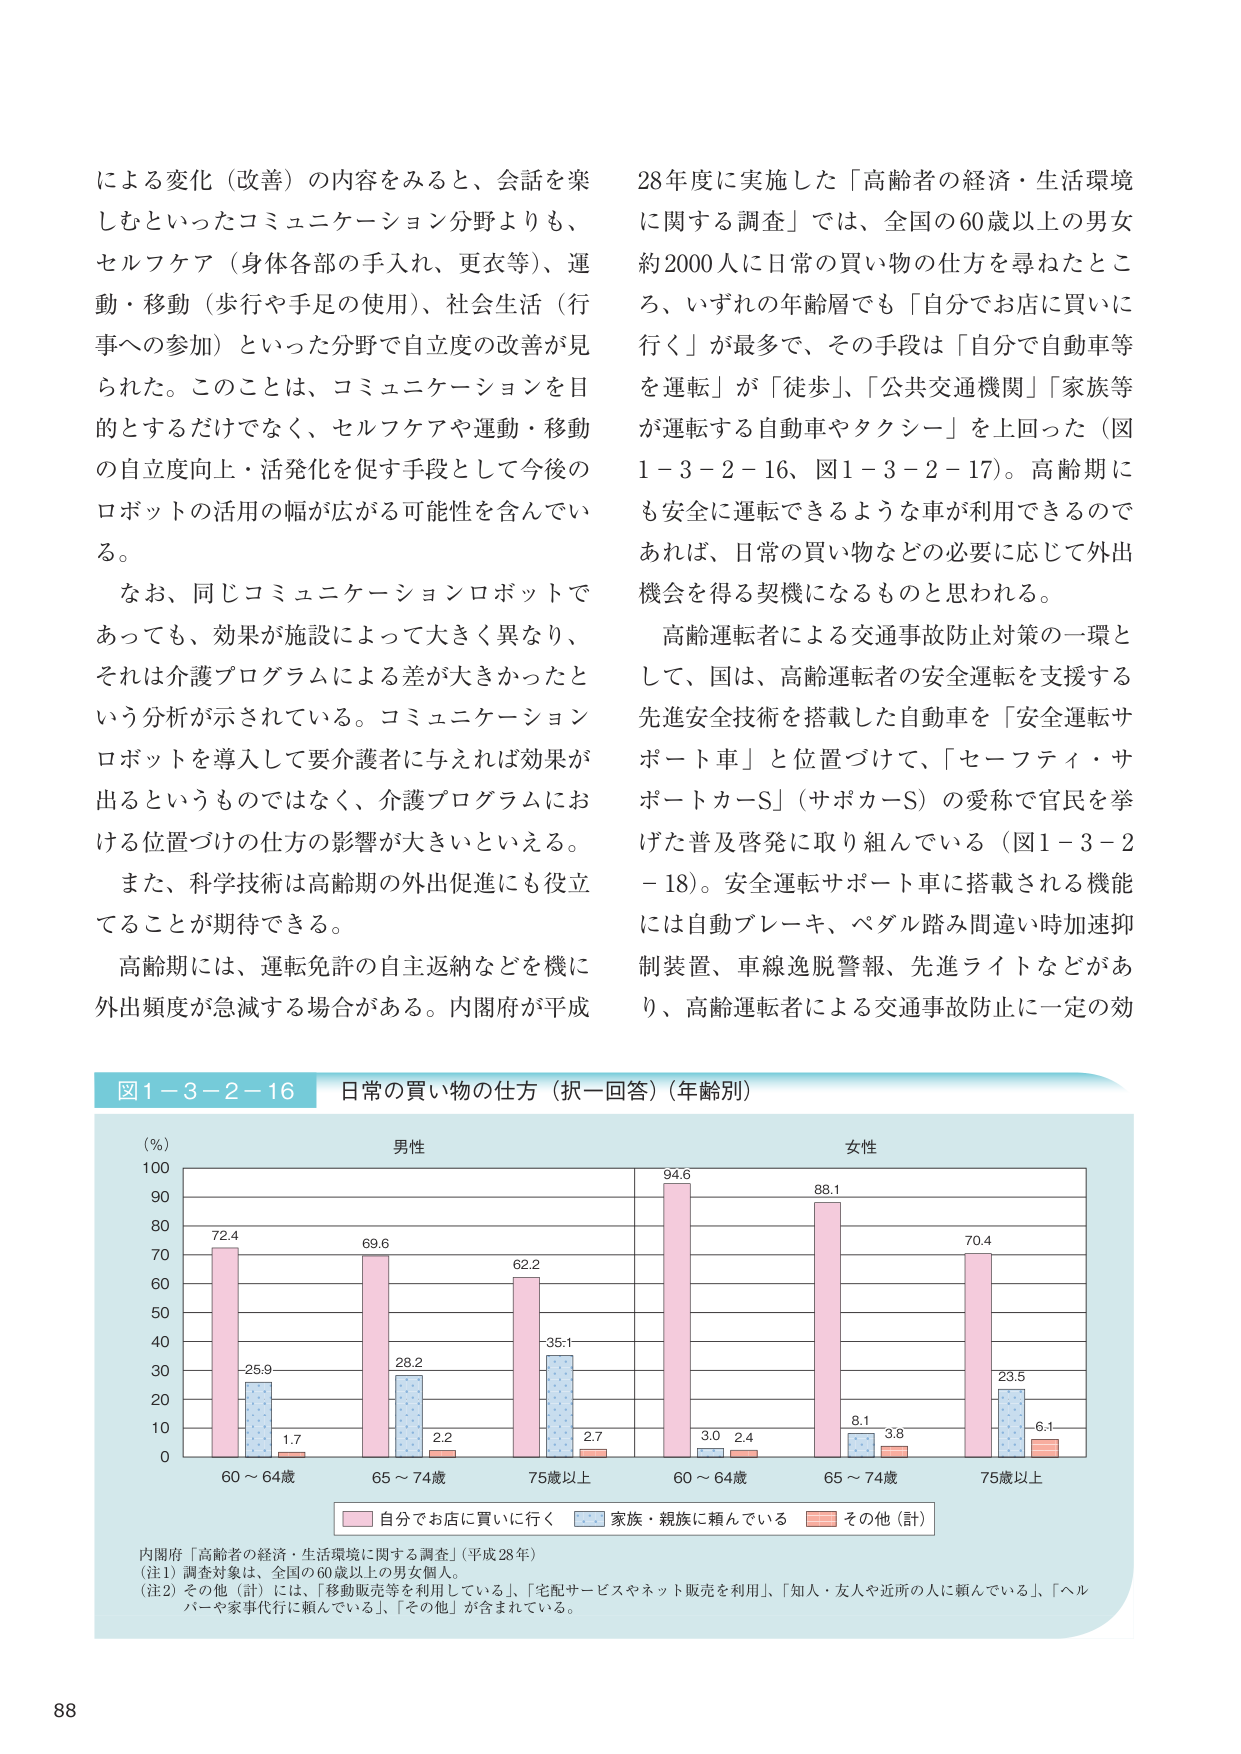
による変化（改善）の内容をみると、会話を楽しむといったコミュニケーション分野よりも、セルフケア（身体各部の手入れ、更衣等）、運動・移動（歩行や手足の使用）、社会生活（行事への参加）といった分野で自立度の改善が見られた。このことは、コミュニケーションを目的とするだけでなく、セルフケアや運動・移動の自立度向上・活発化を促す手段として今後のロボットの活用の幅が広がる可能性を含んでいる。

なお、同じコミュニケーションロボットであっても、効果が施設によって大きく異なり、それは介護プログラムによる差が大きかったという分析が示されている。コミュニケーションロボットを導入して要介護者に与えれば効果が出るというものではなく、介護プログラムにおける位置づけの仕方の影響が大きいといえる。

また、科学技術は高齢期の外出促進にも役立てることが期待できる。

高齢期には、運転免許の自主返納などを機に外出頻度が急減する場合がある。内閣府が平成28年度に実施した「高齢者の経済・生活環境に関する調査」では、全国の60歳以上の男女約2000人に日常の買い物の仕方を尋ねたところ、いずれの年齢層でも「自分でお店に買いに行く」が最多で、その手段は「自分で自動車等を運転」が「徒歩」、「公共交通機関」「家族等が運転する自動車やタクシー」を上回った（図1－3－2－16、図1－3－2－17）。高齢期にも安全に運転できるような車が利用できるのであれば、日常の買い物などの必要に応じて外出機会を得る契機になるものと思われる。

高齢運転者による交通事故防止対策の一環として、国は、高齢運転者の安全運転を支援する先進安全技術を搭載した自動車を「安全運転サポート車」と位置づけて、「セーフティ・サポートカーS」（サポカーS）の愛称で官民を挙げた普及啓発に取り組んでいる（図1－3－2－18）。安全運転サポート車に搭載される機能には自動ブレーキ、ペダル踏み間違い時加速抑制装置、車線逸脱警報、先進ライトなどがあり、高齢運転者による交通事故防止に一定の効

図1－3－2－16 日常の買い物の仕方（択一回答）（年齢別）

（％）
100
90
80
70
60
50
40
30
20
10
0

男性
72.4
25.9
1.7
69.6
28.2
2.2
62.2
35.1
2.7

女性
94.6
3.0
2.4
88.1
8.1
3.8
70.4
23.5
6.1

60～64歳
65～74歳
75歳以上
60～64歳
65～74歳
75歳以上

■ 自分でお店に買いに行く ■ 家族・親族に頼んでいる ■ その他（計）

内閣府「高齢者の経済・生活環境に関する調査」（平成28年）
（注1）調査対象は、全国の60歳以上の男女個人。
（注2）その他（計）には、「移動販売等を利用している」、「宅配サービスやネット販売を利用」、「知人・友人や近所の人に頼んでいる」、「ヘルパーや家事代行に頼んでいる」、「その他」が含まれている。

88